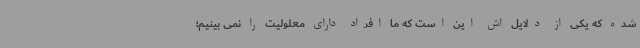
شده که یکی از دلایل اش این است که ما افراد دارای معلولیت را نمی بینیم؛